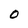
Character: 0